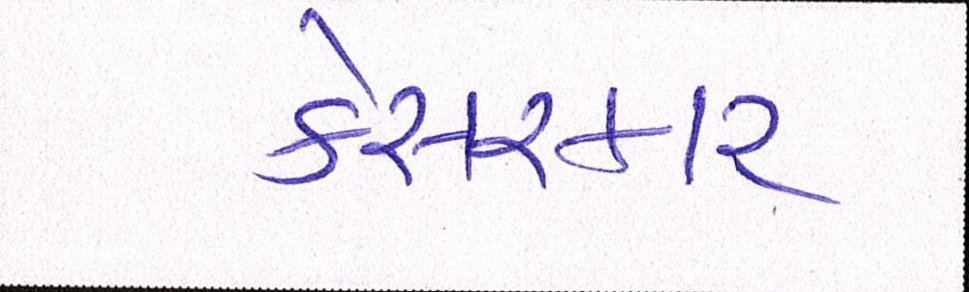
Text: કેસરકાર